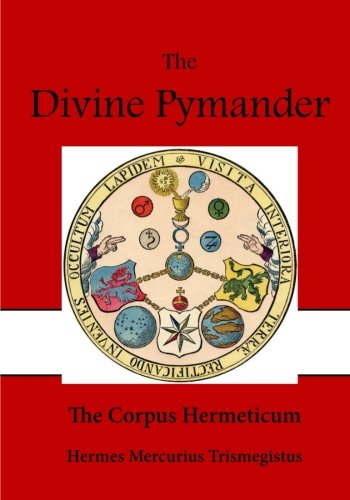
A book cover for The Divine Pymander: The Corpus Hermeticum (Classic Literature - The Divine Pymander); Hermes Mercurius Trismegistus; Religion & Spirituality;